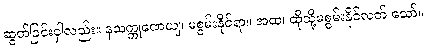
ဆွတ်ခြင်းငှါလည်း။ နသက္ကုဏေယျ၊ မစွမ်းနိုင်ရာ။ အထ၊ ထိုသို့မစွမ်းနိုင်လတ် သော်။